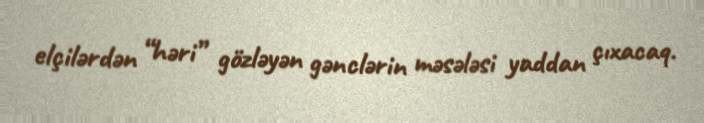
elçilərdən “həri” gözləyən gənclərin məsələsi yaddan çıxacaq.